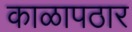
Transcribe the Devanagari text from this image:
काळापठार